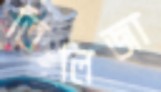
তিলিজা